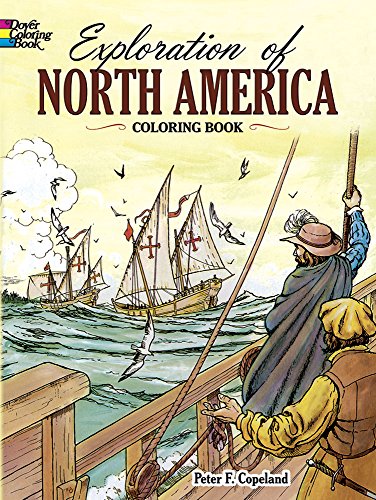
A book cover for Exploration of North America Coloring Book (Dover History Coloring Book); Children's Books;